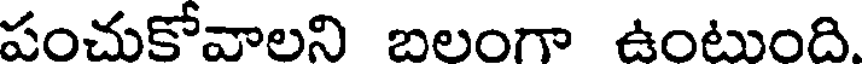
పంచుకోవాలని బలంగా ఉంటుంది